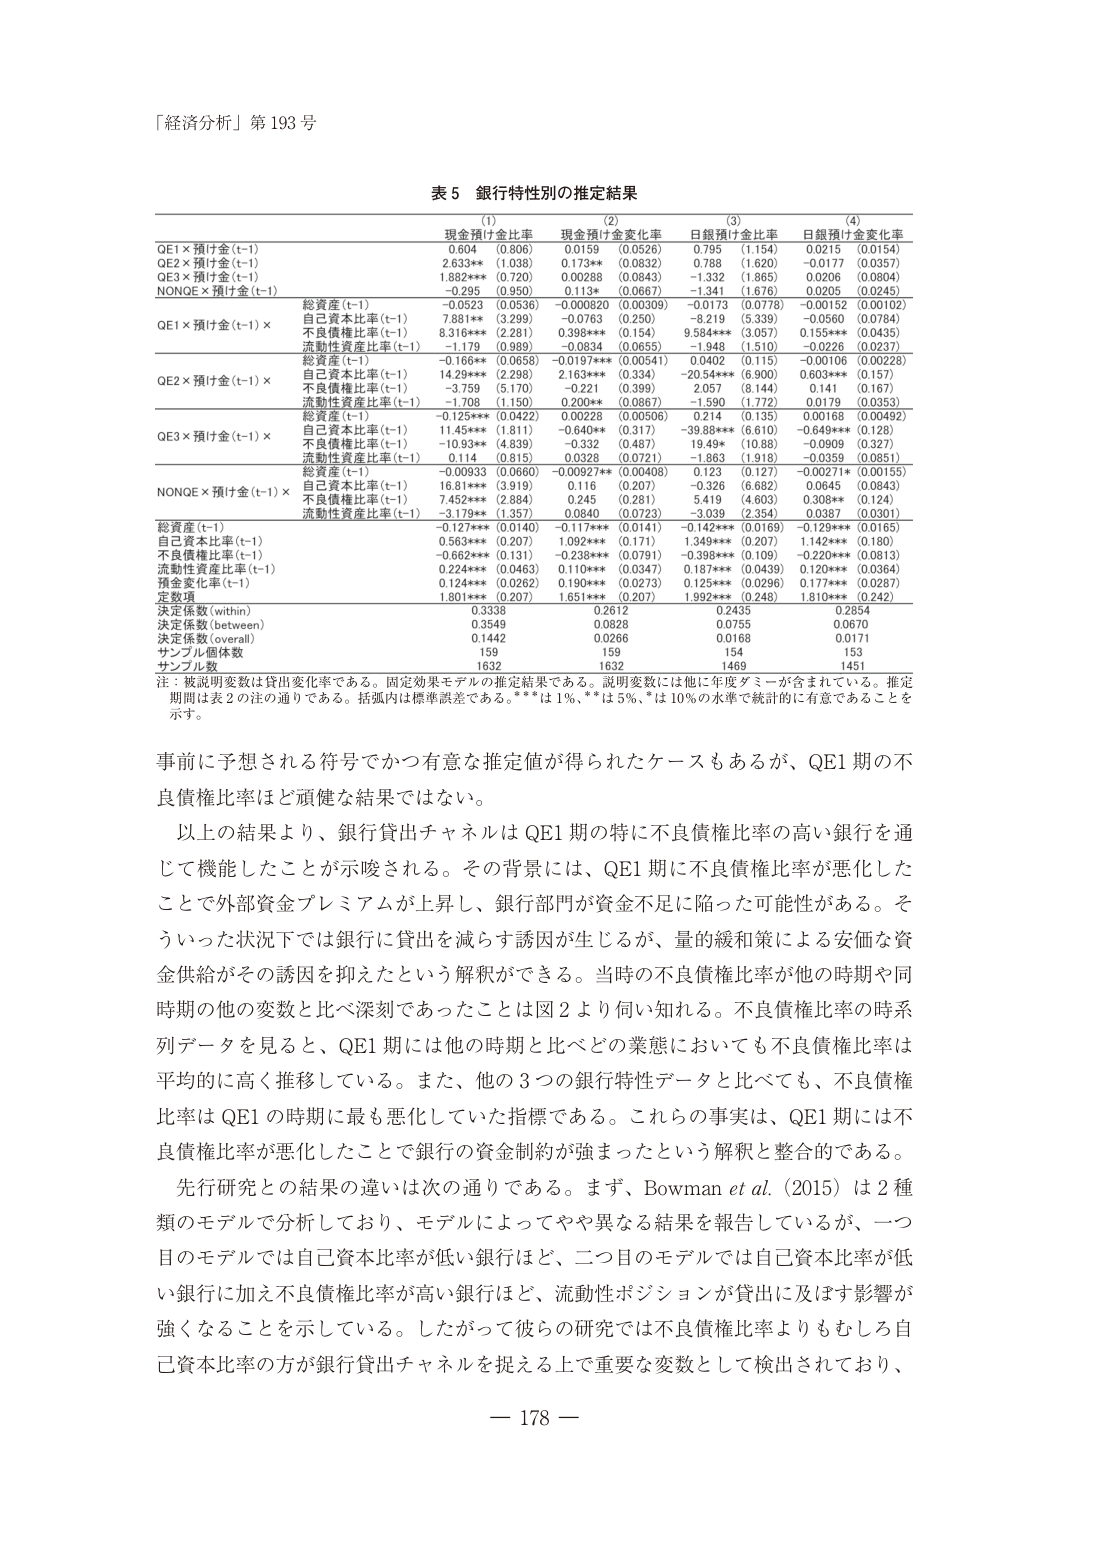
「経済分析」第 193 号

表 5 銀行特性別の推定結果

(1) (2) (3) (4)
現金預け金比率 現金預け金変化率 日銀預け金比率 日銀預け金変化率

QE1×預け金(t-1) 0.604 (0.806) 0.0159 (0.0526) 0.795 (1.154) 0.0215 (0.0154)
QE2×預け金(t-1) 2.633** (1.038) 0.173** (0.0832) 0.788 (1.620) -0.0177 (0.0357)
QE3×預け金(t-1) 1.882** (0.720) 0.00288 (0.0843) -1.332 (1.865) 0.0206 (0.0804)
NONE×預け金(t-1) -0.295 (0.950) 0.113* (0.0667) -1.341 (1.676) 0.0205 (0.0245)

QE1×預け金(t-1) ×
総資産(t-1) -0.0523 (0.0536) -0.000820 (0.00309) -0.0173 (0.0778) -0.00152 (0.00102)
自己資本比率(t-1) 7.881** (3.299) -0.0763 (0.250) -8.219 (5.339) -0.0560 (0.0784)
不良債権比率(t-1) 8.316*** (2.281) 0.398*** (0.154) 9.584*** (3.057) 0.155*** (0.0435)
流動性資産比率(t-1) -1.179 (0.989) -0.0834 (0.0655) -1.948 (1.510) -0.0226 (0.0237)

QE2×預け金(t-1) ×
総資産(t-1) -0.166** (0.0658) -0.0197*** (0.00541) 0.0402 (0.115) -0.00106 (0.00228)
自己資本比率(t-1) 14.29*** (2.298) 2.163*** (0.334) -20.54*** (6.900) 0.603*** (0.157)
不良債権比率(t-1) -3.759 (5.170) -0.221 (0.399) 2.057 (8.144) 0.141 (0.167)
流動性資産比率(t-1) -1.708 (1.150) 0.200** (0.0867) -1.590 (1.772) 0.0179 (0.0353)

QE3×預け金(t-1) ×
総資産(t-1) -0.125*** (0.0422) 0.00228 (0.00506) 0.214 (0.135) 0.00168 (0.00492)
自己資本比率(t-1) 11.45*** (1.811) -0.640** (0.317) -39.88*** (6.610) -0.649*** (0.128)
不良債権比率(t-1) -10.93*** (4.839) -0.332 (0.487) 19.49* (10.88) -0.0909 (0.327)
流動性資産比率(t-1) 0.114 (0.815) 0.0328 (0.0721) -1.863 (1.918) -0.0359 (0.0851)

NONE×預け金(t-1) ×
総資産(t-1) -0.00933 (0.0660) -0.00927** (0.00408) 0.123 (0.127) -0.00271* (0.00155)
自己資本比率(t-1) 16.81*** (3.919) 0.116 (0.207) -0.326 (6.682) 0.0645 (0.0843)
不良債権比率(t-1) 7.452*** (2.884) 0.245 (0.281) 5.419 (4.603) 0.308** (0.124)
流動性資産比率(t-1) -3.179** (1.357) 0.0840 (0.0723) -3.039 (2.354) 0.0387 (0.0301)

総資産(t-1) -0.127*** (0.0140) -0.117*** (0.0141) -0.142*** (0.0169) -0.129*** (0.0165)
自己資本比率(t-1) 0.563*** (0.207) 1.092*** (0.171) 1.349*** (0.207) 1.142*** (0.180)
不良債権比率(t-1) -0.662*** (0.131) -0.238*** (0.0791) -0.398*** (0.109) -0.220*** (0.0813)
流動性資産比率(t-1) -0.224*** (0.0463) 0.110*** (0.0347) 0.187*** (0.0439) 0.120*** (0.0364)
預金変化率(t-1) 0.124*** (0.0262) 0.190*** (0.0273) 0.125*** (0.0296) 0.177*** (0.0287)
定数項 1.801*** (0.207) 1.651*** (0.207) 1.992*** (0.248) 1.810*** (0.242)

決定係数(within) 0.3338 0.2612 0.2435 0.2854
決定係数(between) 0.3549 0.0828 0.0755 0.0670
決定係数(overall) 0.1442 0.0266 0.0168 0.0171
サンプル個体数 159 159 154 153
サンプル数 1632 1632 1469 1451

注：被説明変数は貸出変化率である。固定効果モデルの推定結果である。説明変数には他に年度ダミーが含まれている。推定期間は表 2 の注の通りである。括弧内は標準誤差である。***は 1%、**は 5%、*は 10%の水準で統計的に有意であることを示す。

事前に予想される符号でかつ有意な推定値が得られたケースもあるが、QE1期の不良債権比率ほど頑健な結果ではない。

以上の結果より、銀行貸出チャネルはQE1期の特に不良債権比率の高い銀行を通じて機能したことが示唆される。その背景には、QE1期に不良債権比率が悪化したことで外部資金プレミアムが上昇し、銀行部門が資金不足に陥った可能性がある。そういった状況下では銀行に貸出を減らす誘因が生じるが、量的緩和策による安価な資金供給がその誘因を抑えたという解釈ができる。当時の不良債権比率が他の時期や同時期の他の変数と比べ深刻であったことは図2より伺い知れる。不良債権比率の時系列データを見ると、QE1期には他の時期と比べどの業態においても不良債権比率は平均的に高く推移している。また、他の3つの銀行特性データと比べても、不良債権比率はQE1の時期に最も悪化していた指標である。これらの事実は、QE1期には不良債権比率が悪化したことで銀行の資金制約が強まったという解釈と整合的である。

先行研究との結果の違いは次の通りである。まず、Bowman et al. (2015) は2種類のモデルで分析しており、モデルによってやや異なる結果を報告しているが、一つ目のモデルでは自己資本比率が低い銀行ほど、二つ目のモデルでは自己資本比率が低い銀行に加え不良債権比率が高い銀行ほど、流動性ポジションが貸出に及ぼす影響が強くなることを示している。したがって彼らの研究では不良債権比率よりもむしろ自己資本比率の方が銀行貸出チャネルを捉える上で重要な変数として検出されており、

— 178 —